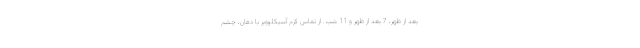
بعد از ظهر، 7 بعد از ظهر و 11 شب. از تماس کرم آسیکلوویر با دهان، چشم